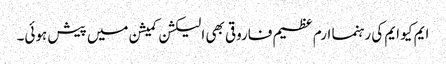
ایم کیو ایم کی رہنما ارم عظیم فاروقی بھی الیکشن کمیشن میں پیش ہوئی۔